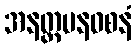
အနတ္တမနဝစနံ